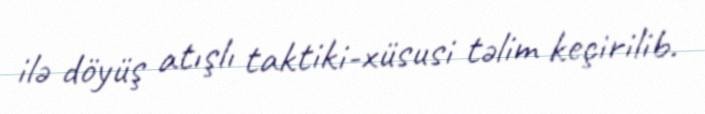
ilə döyüş atışlı taktiki-xüsusi təlim keçirilib.